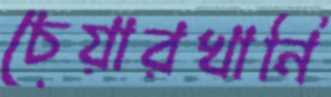
চেয়ারখানি